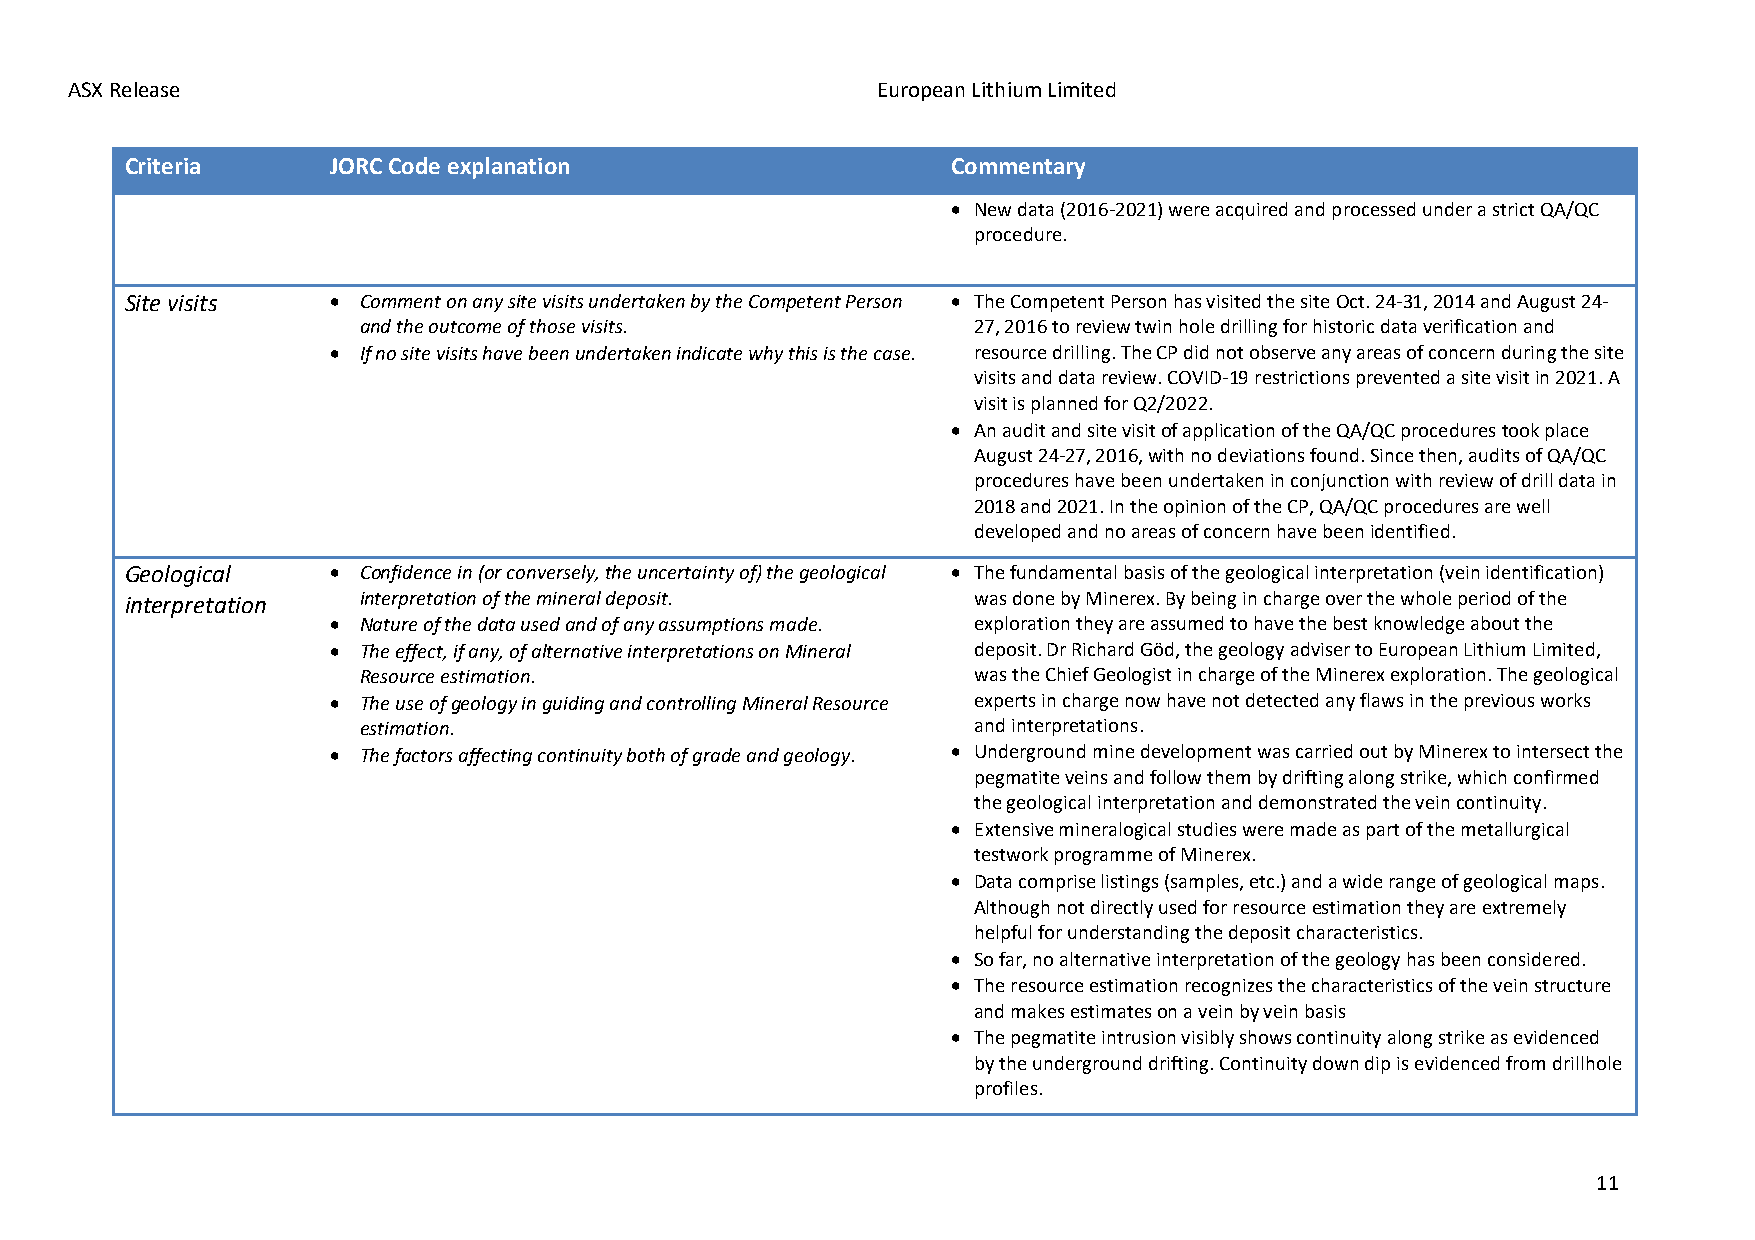
ASX Release                                           European Lithium Limited
 Criteria      JORC Code explanation                    Commentary
 • New data (2016-2021) were acquired and processed under a strict QA/QC
 procedure.
 Site visits   • Comment on any site visits undertaken by the Competent Person • The Competent Person has visited the site Oct. 24-31, 2014 and August 24-
 and the outcome of those visits.        27, 2016 to review twin hole drilling for historic data verification and
 • If no site visits have been undertaken indicate why this is the case. resource drilling. The CP did not observe any areas of concern during the site
 visits and data review. COVID-19 restrictions prevented a site visit in 2021. A
 visit is planned for Q2/2022.
 • An audit and site visit of application of the QA/QC procedures took place
 August 24-27, 2016, with no deviations found. Since then, audits of QA/QC
 procedures have been undertaken in conjunction with review of drill data in
 2018 and 2021. In the opinion of the CP, QA/QC procedures are well
 developed and no areas of concern have been identified.
 Geological    • Confidence in (or conversely, the uncertainty of) the geological • The fundamental basis of the geological interpretation (vein identification)
 interpretation  interpretation of the mineral deposit.  was done by Minerex. By being in charge over the whole period of the
 • Nature of the data used and of any assumptions made. exploration they are assumed to have the best knowledge about the
 • The effect, if any, of alternative interpretations on Mineral deposit. Dr Richard Göd, the geology adviser to European Lithium Limited,
 Resource estimation.                    was the Chief Geologist in charge of the Minerex exploration. The geological
 • The use of geology in guiding and controlling Mineral Resource experts in charge now have not detected any flaws in the previous works
 estimation.                             and interpretations.
 • The factors affecting continuity both of grade and geology. • Underground mine development was carried out by Minerex to intersect the
 pegmatite veins and follow them by drifting along strike, which confirmed
 the geological interpretation and demonstrated the vein continuity.
 • Extensive mineralogical studies were made as part of the metallurgical
 testwork programme of Minerex.
 • Data comprise listings (samples, etc.) and a wide range of geological maps.
 Although not directly used for resource estimation they are extremely
 helpful for understanding the deposit characteristics.
 • So far, no alternative interpretation of the geology has been considered.
 • The resource estimation recognizes the characteristics of the vein structure
 and makes estimates on a vein by vein basis
 • The pegmatite intrusion visibly shows continuity along strike as evidenced
 by the underground drifting. Continuity down dip is evidenced from drillhole
 profiles.
 11